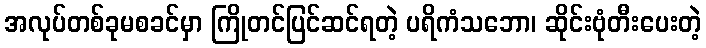
အလုပ်တစ်ခုမစခင်မှာ ကြိုတင်ပြင်ဆင်ရတဲ့ ပရိကံသဘော၊ ဆိုင်းဗုံတီးပေးတဲ့